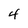
Character: 4